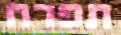
תפרח